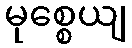
မုစ္စေယျ